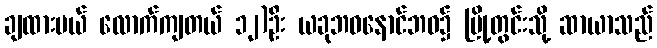
ချထားမယ် လောက်ကျတယ် ၁၂)ဦး ယခုဘဝနောင်ဘဝ၌ မြို့တွင်းသို့ ဆာယာသည်